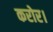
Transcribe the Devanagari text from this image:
करोर।